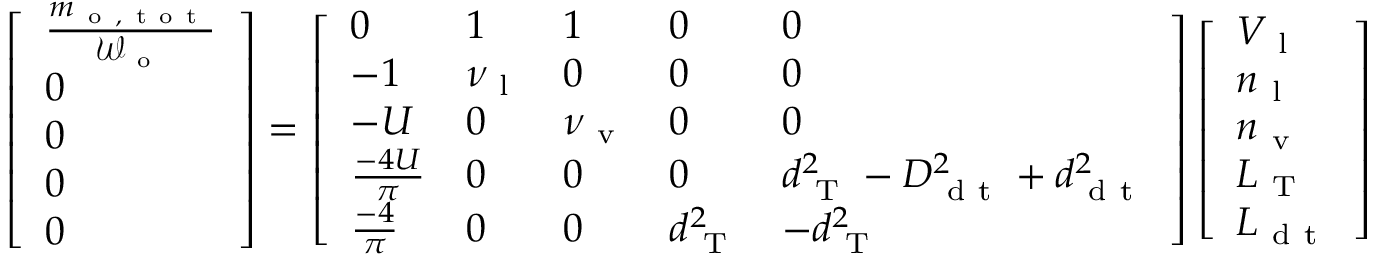
\left[ \begin{array} { l } { \frac { m _ { \mathrm { ~ o ~ , ~ t ~ o ~ t ~ } } } { \mathcal { W } _ { \mathrm { ~ o ~ } } } } \\ { 0 } \\ { 0 } \\ { 0 } \\ { 0 } \end{array} \right] = \left[ \begin{array} { l l l l l } { 0 } & { 1 } & { 1 } & { 0 } & { 0 } \\ { - 1 } & { \nu _ { \mathrm { ~ l ~ } } } & { 0 } & { 0 } & { 0 } \\ { - U } & { 0 } & { \nu _ { \mathrm { ~ v ~ } } } & { 0 } & { 0 } \\ { \frac { - 4 U } { \pi } } & { 0 } & { 0 } & { 0 } & { d _ { \mathrm { ~ T ~ } } ^ { 2 } - D _ { \mathrm { ~ d ~ t ~ } } ^ { 2 } + d _ { \mathrm { ~ d ~ t ~ } } ^ { 2 } } \\ { \frac { - 4 } { \pi } } & { 0 } & { 0 } & { d _ { \mathrm { ~ T ~ } } ^ { 2 } } & { - d _ { \mathrm { ~ T ~ } } ^ { 2 } } \end{array} \right] \left[ \begin{array} { l } { V _ { \mathrm { ~ l ~ } } } \\ { n _ { \mathrm { ~ l ~ } } } \\ { n _ { \mathrm { ~ v ~ } } } \\ { L _ { \mathrm { ~ T ~ } } } \\ { L _ { \mathrm { ~ d ~ t ~ } } } \end{array} \right]